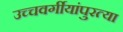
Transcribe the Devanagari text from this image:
उच्चवर्गीयांपुरत्या